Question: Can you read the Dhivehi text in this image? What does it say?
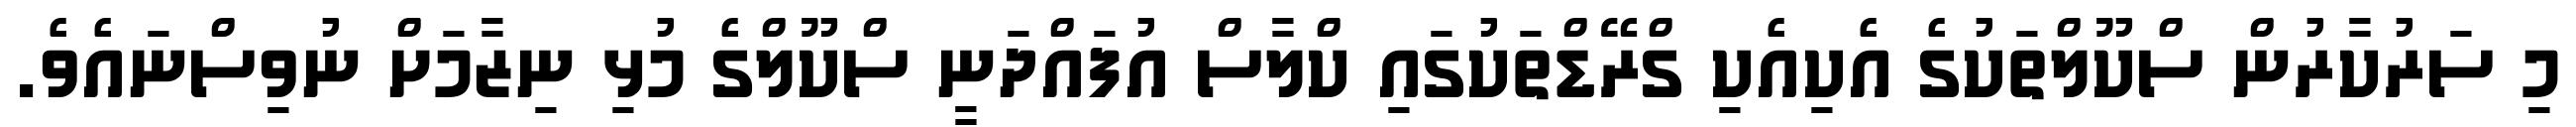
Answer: މި ސަރުކާރުން ސްކޫލްތަކުގެ އެކިއެކި ގްރޭޑްތަކުގައި ކްލާސް އުފައްދަނީ ސްކޫލްގެ މުޅި ނިޒާމަށް ނުވިސްނައެވެ.